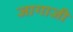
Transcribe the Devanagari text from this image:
जागाजी